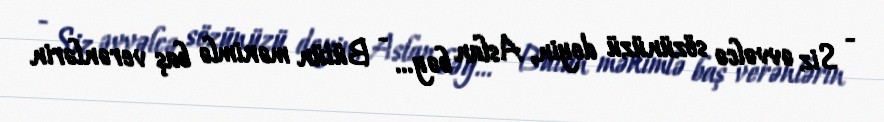
- Siz əvvəlcə sözünüzü deyin, Aslan bəy... - Bütün mənimlə baş verənlərin